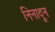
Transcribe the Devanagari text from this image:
निनादून